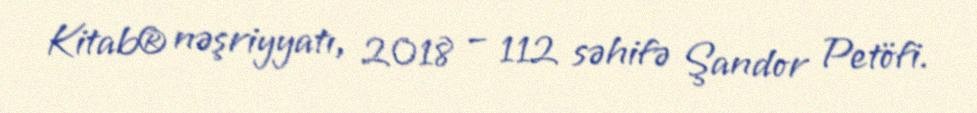
Kitab® nəşriyyatı, 2018 – 112 səhifə Şandor Petöfi.